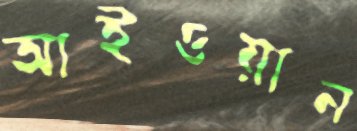
আইওয়ান